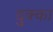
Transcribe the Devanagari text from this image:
दुक्का